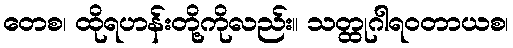
တေစ၊ ထိုရဟန်းတို့ကိုလည်း။ သတ္ထုဂါရဝတာယစ၊